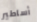
أساطير